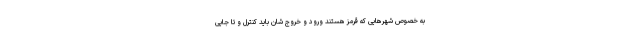
به خصوص شهرهایی که قرمز هستند ورود و خروج شان باید کنترل و تا جایی